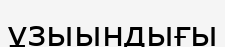
ұзыындығы